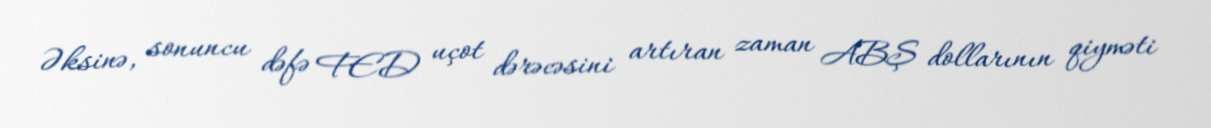
Əksinə, sonuncu dəfə FED uçot dərəcəsini artıran zaman ABŞ dollarının qiyməti